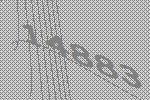
14883